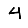
Digit: 4